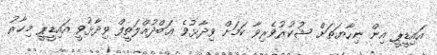
އައިޑީޕީ އިން ނިހާޔަތަށް ޝުކުރުވެރިވާ ކަމަށް ވިދާޅުވެ ޢަބްދުއްލަތީފް ވިދާޅުވީ އައިޑީޕީ މިހާރު